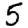
Digit: 5